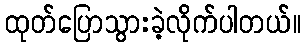
ထုတ်ပြောသွားခဲ့လိုက်ပါတယ်။